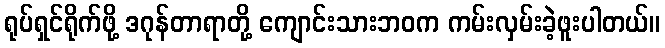
ရုပ်ရှင်ရိုက်ဖို့ ဒဂုန်တာရာတို့ ကျောင်းသားဘဝက ကမ်းလှမ်းခဲ့ဖူးပါတယ်။